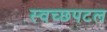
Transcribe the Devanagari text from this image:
स्वच्छपटल